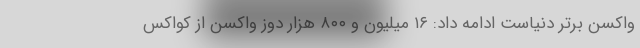
واکسن برتر دنیاست ادامه داد: ١۶ میلیون و ٨٠٠ هزار دوز واکسن از کواکس